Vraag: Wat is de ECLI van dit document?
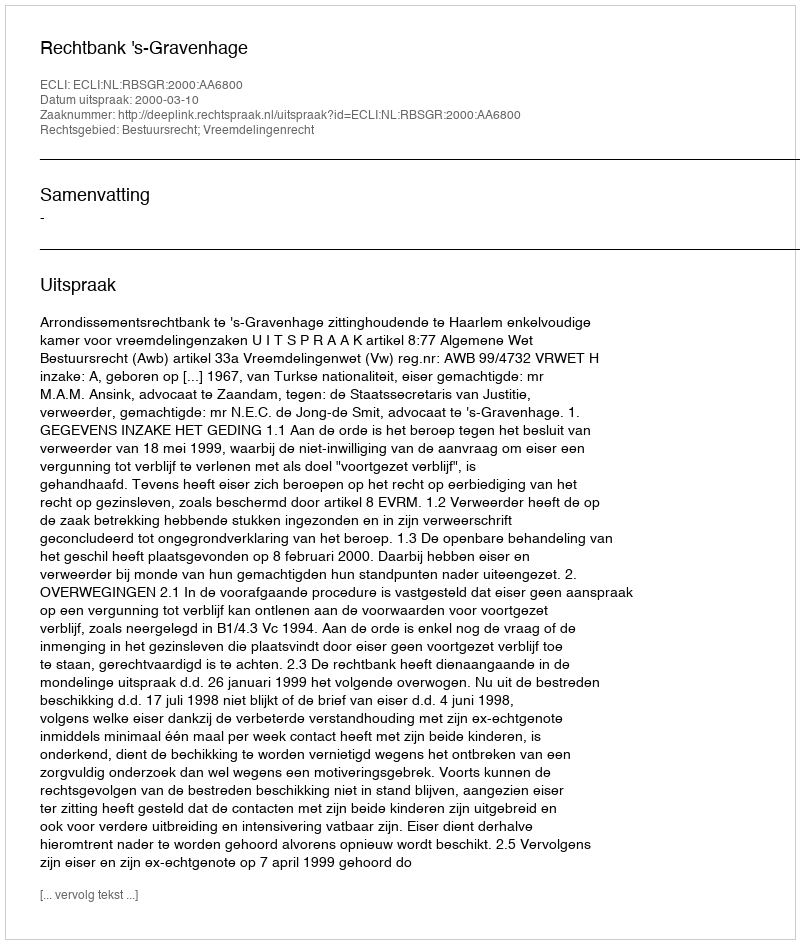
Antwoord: ECLI:NL:RBSGR:2000:AA6800